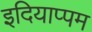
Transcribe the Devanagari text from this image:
इदियाप्पम